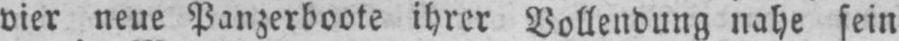
vier neue Panzerboote ihrer Vollendung nahe sein